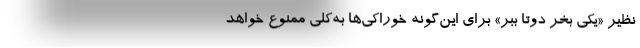
نظیر «یکی بخر دوتا ببر» برای این‌گونه خوراکی‌ها به‌کلی ممنوع خواهد